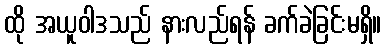
ထို အယူဝါဒသည် နားလည်ရန် ခက်ခဲခြင်းမရှိ။